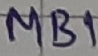
Text: MB1